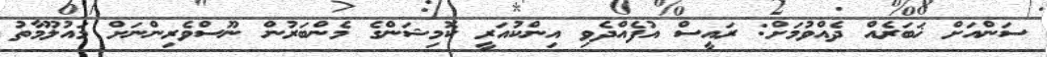
ސަންއަށް ޚަބަރެއް ދެއްވުމަށް: ރައީސް އުފެއްދެވި އިންކުއަރީ ކޮމިޝަންގެ މެންބަރުން ނޫސްވެރިންނަށް މައުލޫމާތު